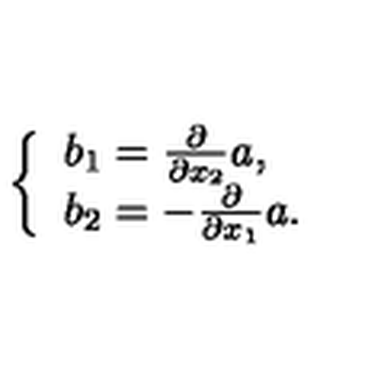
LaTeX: \left\{ \begin{array} { l } { b _ { 1 } = \frac { \partial } { \partial x _ { 2 } } a , } \\ { b _ { 2 } = - \frac { \partial } { \partial x _ { 1 } } a . } \\ \end{array} \right.